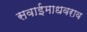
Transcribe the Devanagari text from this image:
सवाईमाधवराव